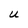
Character: U